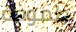
طموحة